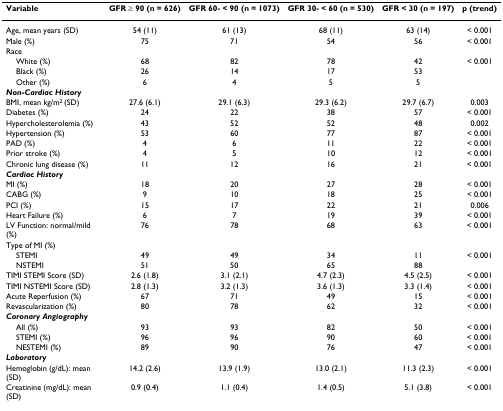
<table><thead><tr><td><b>Variable</b></td><td><b>GFR ≥ 90 (n = 626)</b></td><td><b>GFR 60- &lt; 90 (n = 1073)</b></td><td><b>GFR 30- &lt; 60 (n = 530)</b></td><td><b>GFR &lt; 30 (n = 197)</b></td><td><b>p (trend)</b></td></tr></thead><tbody><tr><td>Age, mean years (SD)</td><td>54 (11)</td><td>61 (13)</td><td>68 (11)</td><td>63 (14)</td><td>&lt; 0.001</td></tr><tr><td>Male (%)</td><td>75</td><td>71</td><td>54</td><td>56</td><td>&lt; 0.001</td></tr><tr><td>Race</td><td></td><td></td><td></td><td></td><td></td></tr><tr><td> White (%)</td><td>68</td><td>82</td><td>78</td><td>42</td><td>&lt; 0.001</td></tr><tr><td> Black (%)</td><td>26</td><td>14</td><td>17</td><td>53</td><td></td></tr><tr><td> Other (%)</td><td>6</td><td>4</td><td>5</td><td>5</td><td></td></tr><tr><td><b><i>Non-Cardiac History</i></b></td><td></td><td></td><td></td><td></td><td></td></tr><tr><td>BMI, mean kg/m<sup>2 </sup>(SD)</td><td>27.6 (6.1)</td><td>29.1 (6.3)</td><td>29.3 (6.2)</td><td>29.7 (6.7)</td><td>0.003</td></tr><tr><td>Diabetes (%)</td><td>24</td><td>22</td><td>38</td><td>57</td><td>&lt; 0.001</td></tr><tr><td>Hypercholesterolemia (%)</td><td>43</td><td>52</td><td>52</td><td>48</td><td>0.002</td></tr><tr><td>Hypertension (%)</td><td>53</td><td>60</td><td>77</td><td>87</td><td>&lt; 0.001</td></tr><tr><td>PAD (%)</td><td>4</td><td>6</td><td>11</td><td>22</td><td>&lt; 0.001</td></tr><tr><td>Prior stroke (%)</td><td>4</td><td>5</td><td>10</td><td>12</td><td>&lt; 0.001</td></tr><tr><td>Chronic lung disease (%)</td><td>11</td><td>12</td><td>16</td><td>21</td><td>&lt; 0.001</td></tr><tr><td><b><i>Cardiac History</i></b></td><td></td><td></td><td></td><td></td><td></td></tr><tr><td>MI (%)</td><td>18</td><td>20</td><td>27</td><td>28</td><td>&lt; 0.001</td></tr><tr><td>CABG (%)</td><td>9</td><td>10</td><td>18</td><td>25</td><td>&lt; 0.001</td></tr><tr><td>PCI (%)</td><td>15</td><td>17</td><td>22</td><td>21</td><td>0.006</td></tr><tr><td>Heart Failure (%)</td><td>6</td><td>7</td><td>19</td><td>39</td><td>&lt; 0.001</td></tr><tr><td>LV Function: normal/mild (%)</td><td>76</td><td>78</td><td>68</td><td>63</td><td>&lt; 0.001</td></tr><tr><td>Type of MI (%)</td><td></td><td></td><td></td><td></td><td></td></tr><tr><td> STEMI</td><td>49</td><td>49</td><td>34</td><td>11</td><td>&lt; 0.001</td></tr><tr><td> NSTEMI</td><td>51</td><td>50</td><td>65</td><td>88</td><td></td></tr><tr><td>TIMI STEMI Score (SD)</td><td>2.6 (1.8)</td><td>3.1 (2.1)</td><td>4.7 (2.3)</td><td>4.5 (2.5)</td><td>&lt; 0.001</td></tr><tr><td>TIMI NSTEMI Score (SD)</td><td>2.8 (1.3)</td><td>3.2 (1.3)</td><td>3.6 (1.3)</td><td>3.3 (1.4)</td><td>&lt; 0.001</td></tr><tr><td>Acute Reperfusion (%)</td><td>67</td><td>71</td><td>49</td><td>15</td><td>&lt; 0.001</td></tr><tr><td>Revascularization (%)</td><td>80</td><td>78</td><td>62</td><td>32</td><td>&lt; 0.001</td></tr><tr><td><b><i>Coronary Angiography</i></b></td><td></td><td></td><td></td><td></td><td></td></tr><tr><td> All (%)</td><td>93</td><td>93</td><td>82</td><td>50</td><td>&lt; 0.001</td></tr><tr><td> STEMI (%)</td><td>96</td><td>96</td><td>90</td><td>60</td><td>&lt; 0.001</td></tr><tr><td> NESTEMI (%)</td><td>89</td><td>90</td><td>76</td><td>47</td><td>&lt; 0.001</td></tr><tr><td><b><i>Laboratory</i></b></td><td></td><td></td><td></td><td></td><td></td></tr><tr><td>Hemoglobin (g/dL): mean (SD)</td><td>14.2 (2.6)</td><td>13.9 (1.9)</td><td>13.0 (2.1)</td><td>11.3 (2.3)</td><td>&lt; 0.001</td></tr><tr><td>Creatinine (mg/dL): mean (SD)</td><td>0.9 (0.4)</td><td>1.1 (0.4)</td><td>1.4 (0.5)</td><td>5.1 (3.8)</td><td>&lt; 0.001</td></tr></tbody></table>